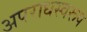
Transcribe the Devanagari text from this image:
अपराधस्वरूप